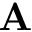
\mathbf { A }